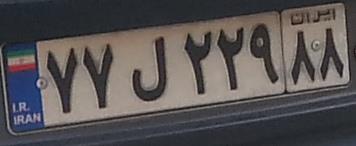
۷۷ل۲۲۹۸۸